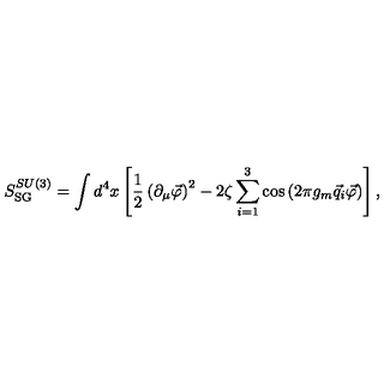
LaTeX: S _ { \mathrm { S G } } ^ { S U ( 3 ) } = \int d ^ { 4 } x \left[ \frac 1 2 \left( \partial _ { \mu } \vec { \varphi } \right) ^ { 2 } - 2 \zeta \sum _ { i = 1 } ^ { 3 } \cos \left( 2 \pi g _ { m } \vec { q } _ { i } \vec { \varphi } \right) \right] ,